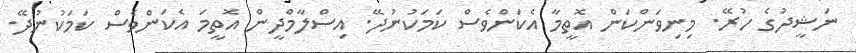
ނަޝީދުގެ ހުރޭ. މިނިވަންކަން އޮތީމާ އެކަންވެސް ކަމަކުނުދޭ. އިސްލާމްދީން އޮތީމަ އެކަންވެސް ކަމަކުނުދޭ.